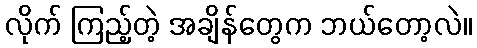
လိုက် ကြည့်တဲ့ အချိန်တွေက ဘယ်တော့လဲ။